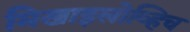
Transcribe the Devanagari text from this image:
मिखाइलोव्हिच